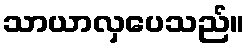
သာယာလှပေသည်။